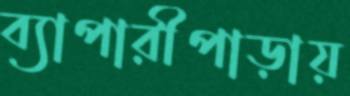
ব্যাপারীপাড়ায়